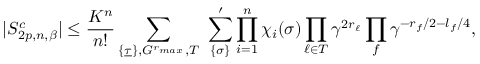
| S _ { 2 p , n , \beta } ^ { c } | \le { \frac { K ^ { n } } { n ! } } \sum _ { \{ \underline { \tau } \} , { \cal G } ^ { r _ { m a x } } , { \cal T } } \ \sum _ { \{ { \sigma } \} } ^ { \prime } \prod _ { i = 1 } ^ { n } \chi _ { i } ( { \sigma } ) \prod _ { \ell \in { \cal T } } \gamma ^ { 2 r _ { \ell } } \prod _ { f } \gamma ^ { - r _ { f } / 2 - l _ { f } / 4 } ,